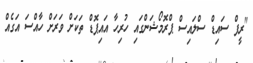
"ރީފް ސައިޑް ސްލައިސް ޕްރޮމޯޝަންގައި ހުރިހާ އައިޕޮޑް ތަކަށް ވަރަށް ހާއްސަ އަގެއް